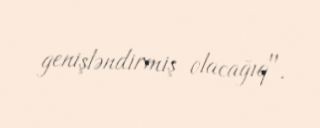
genişləndirmiş olacağıq".